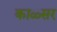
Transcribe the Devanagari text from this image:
काळ्सर